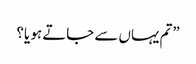
”تم یہاں سے جاتے ہو یا؟